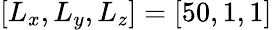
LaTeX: [L_{x},L_{y},L_{z}]=[50,1,1]